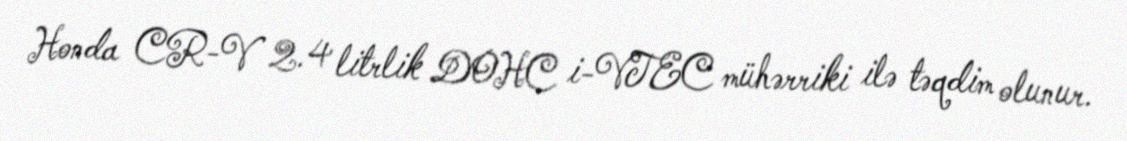
Honda CR-V 2.4 litrlik DOHC i-VTEC mühərriki ilə təqdim olunur.